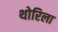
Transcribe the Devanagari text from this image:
थोरिला